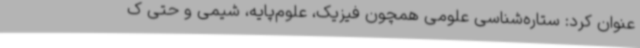
عنوان کرد: ستاره‌شناسی علومی همچون فیزیک، علوم‌پایه، شیمی و حتی ک